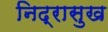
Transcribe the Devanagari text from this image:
निद्रासुख